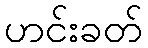
ဟင်းခတ်